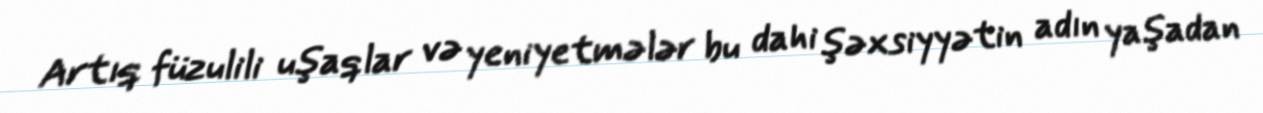
Artıq füzulili uşaqlar və yeniyetmələr bu dahi şəxsiyyətin adın yaşadan